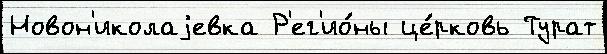
Новон'иколаjевка Р'ег'ио́ны це́рковь Турат